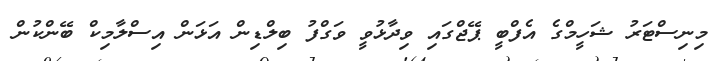
މިނިސްޓަރު ޝަހީމްގެ އެފްބީ ޕޭޖްގައި ވިދާޅުވީ ވަގްފު ބިލްޑިން އަޅަން އިސްލާމިކް ބޭންކުން